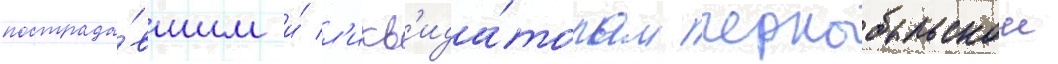
пострада́вшим и́ л'икв'ида́торам чернобыльскои